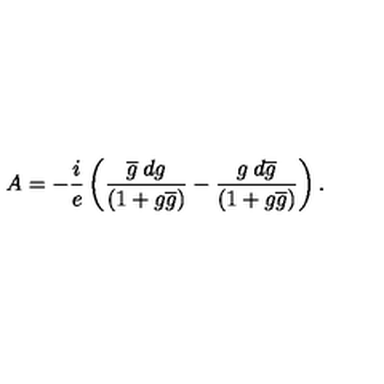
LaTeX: A = - \frac { i } { e } \left( \frac { \overline { { g } } \: d g } { ( 1 + g \overline { { g } } ) } - \frac { g \: d \overline { { g } } } { ( 1 + g \overline { { g } } ) } \right) .